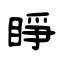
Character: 睜